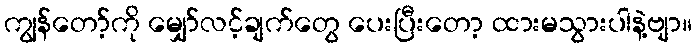
ကျွန်တော့်ကို မျှော်လင့်ချက်တွေ ပေးပြီးတော့ ထားမသွားပါနဲ့ဗျာ။